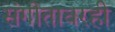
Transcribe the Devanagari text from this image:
संगीतावरही